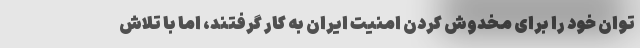
توان خود را برای مخدوش کردن امنیت ایران به کار گرفتند، اما با تلاش